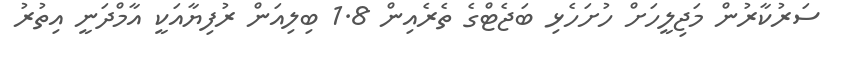
ސަރުކާރުން މަޖިލީހަށް ހުށަހެޅި ބަޖެޓްގެ ތެރެއިން 1.8 ބިލިއަން ރުފިޔާއަކީ އާމްދަނީ އިތުރު